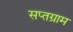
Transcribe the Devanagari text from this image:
सप्तग्राम